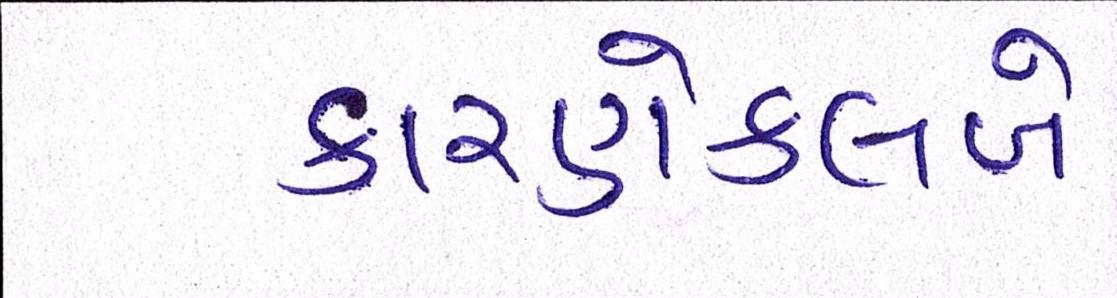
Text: કારણેક્લબે